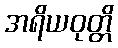
အရိယဝုတ္တိ